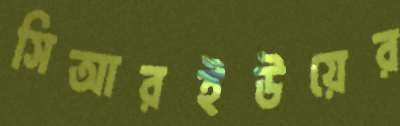
সিআরইউয়ের